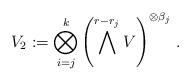
LaTeX: \begin{align*} V_2:=\bigotimes_{i=j}^k \left(\bigwedge^{r-r_j}V\right)^{\otimes \beta_j}\,. \end{align*}